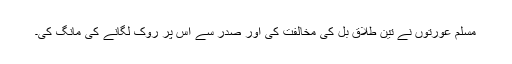
مسلم عورتوں نے تین طلاق بل کی مخالفت کی اور صدر سے اس پر روک لگانے کی مانگ کی۔